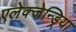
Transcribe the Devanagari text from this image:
एलेक्जेन्ड्रिया